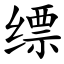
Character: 缥